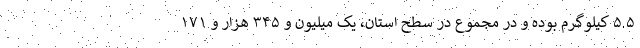
۵.۵ کیلوگرم بوده و در مجموع در سطح استان، یک میلیون و ۳۴۵ هزار و ۱۷۱